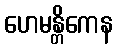
ဟေမန္တိကေန